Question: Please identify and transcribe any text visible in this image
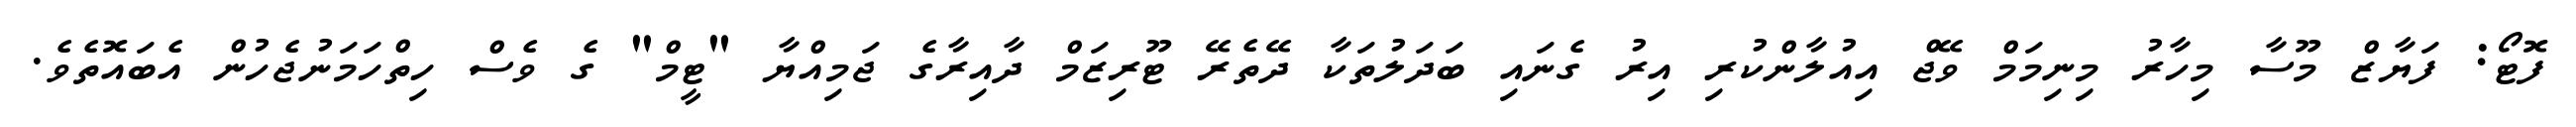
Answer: ފޮޓޯ: ފަޔާޒް މޫސާ މިހާރު މިނިމަމް ވޭޖް އިއުލާންކުރި އިރު ގެނައި ބަދަލުތަކާ ދޭތެރޭ ޓޫރިޒަމް ދާއިރާގެ ޖަމިއްޔާ "ޓީމް" ގެ ވެސް ހިތްހަމަނުޖެހުން އެބައޮތެވެ.